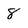
Character: 8